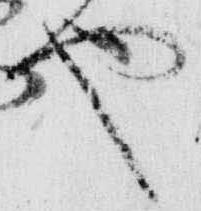
也